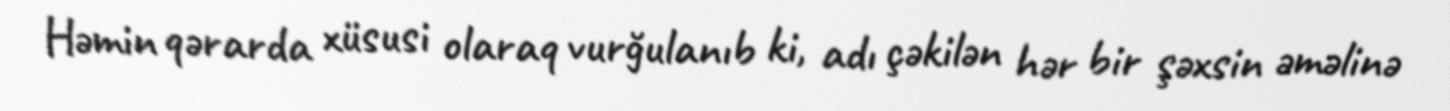
Həmin qərarda xüsusi olaraq vurğulanıb ki, adı çəkilən hər bir şəxsin əməlinə